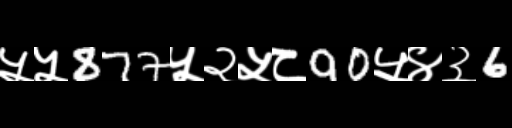
Text: ५५877५२५८90५४३6